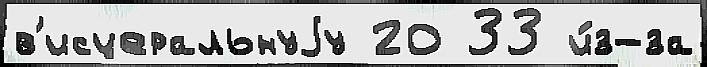
в'исцеральнуjу 20 33 и́з-за